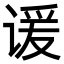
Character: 谖